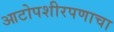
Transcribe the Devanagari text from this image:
आटोपशीरपणाचा